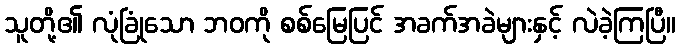
သူတို့၏ လုံခြုံသော ဘဝကို စစ်မြေပြင် အခက်အခဲများနှင့် လဲခဲ့ကြပြီ။